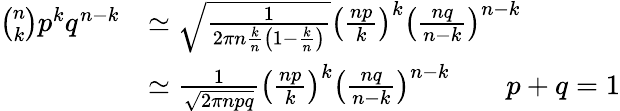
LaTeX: {\begin{array}{rl}{{\binom{n}{k}}p^{k}q^{n-k}}&{\simeq{\sqrt{\frac{1}{2\pi n{\frac{k}{n}}\left(1-{\frac{k}{n}}\right)}}}\left({\frac{np}{k}}\right)^{k}\left({\frac{nq}{n-k}}\right)^{n-k}}\\ &{\simeq{\frac{1}{\sqrt{2\pi npq}}}\left({\frac{np}{k}}\right)^{k}\left({\frac{nq}{n-k}}\right)^{n-k}\qquad p+q=1}\end{array}}